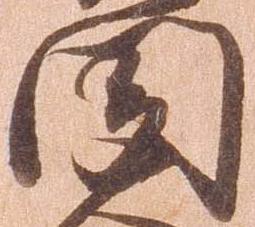
聞